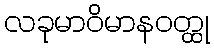
လခုမာဝိမာနဝတ္ထု